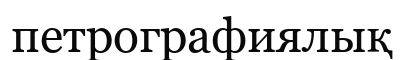
петрографиялық